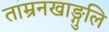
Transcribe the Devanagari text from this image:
ताम्रनखाङ्गुलि